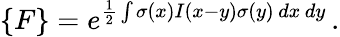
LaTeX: \{ F\} =e^{\frac 12\int\sigma(x)I(x-y)\sigma(y)\, dx\, dy}\, .